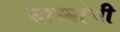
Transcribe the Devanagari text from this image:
सांध्यांची